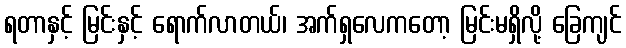
ရတာနှင့် မြင်းနှင့် ရောက်လာတယ်၊ အက်ရှလေကတော့ မြင်းမရှိလို့ ခြေကျင်